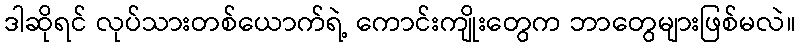
ဒါဆိုရင် လုပ်သားတစ်ယောက်ရဲ့ ကောင်းကျိုးတွေက ဘာတွေများဖြစ်မလဲ။